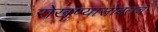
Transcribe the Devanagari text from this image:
रोखण्यासोबतच